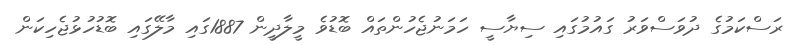
ރަސްކަމުގެ ދުވަސްވަރު ގައުމުގައި ސިޔާސީ ހަމަނުޖެހުންތައް ބޮޑުވެ މީލާދީން 1887ގައި މާލޭގައި ބޮޑުހުޅުޖެހިކަން